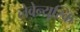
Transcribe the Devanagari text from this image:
लेवेन्युस्कि